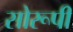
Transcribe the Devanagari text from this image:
सोरूपी